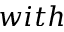
w i t h